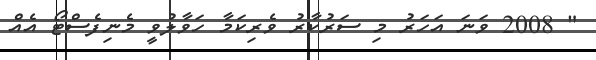
" 2008 ވަނަ އަހަރު މި ސަރުކާރު ވެރިކަމާ ހަވާލުވީ މެނިފެސްޓޯ އެއް